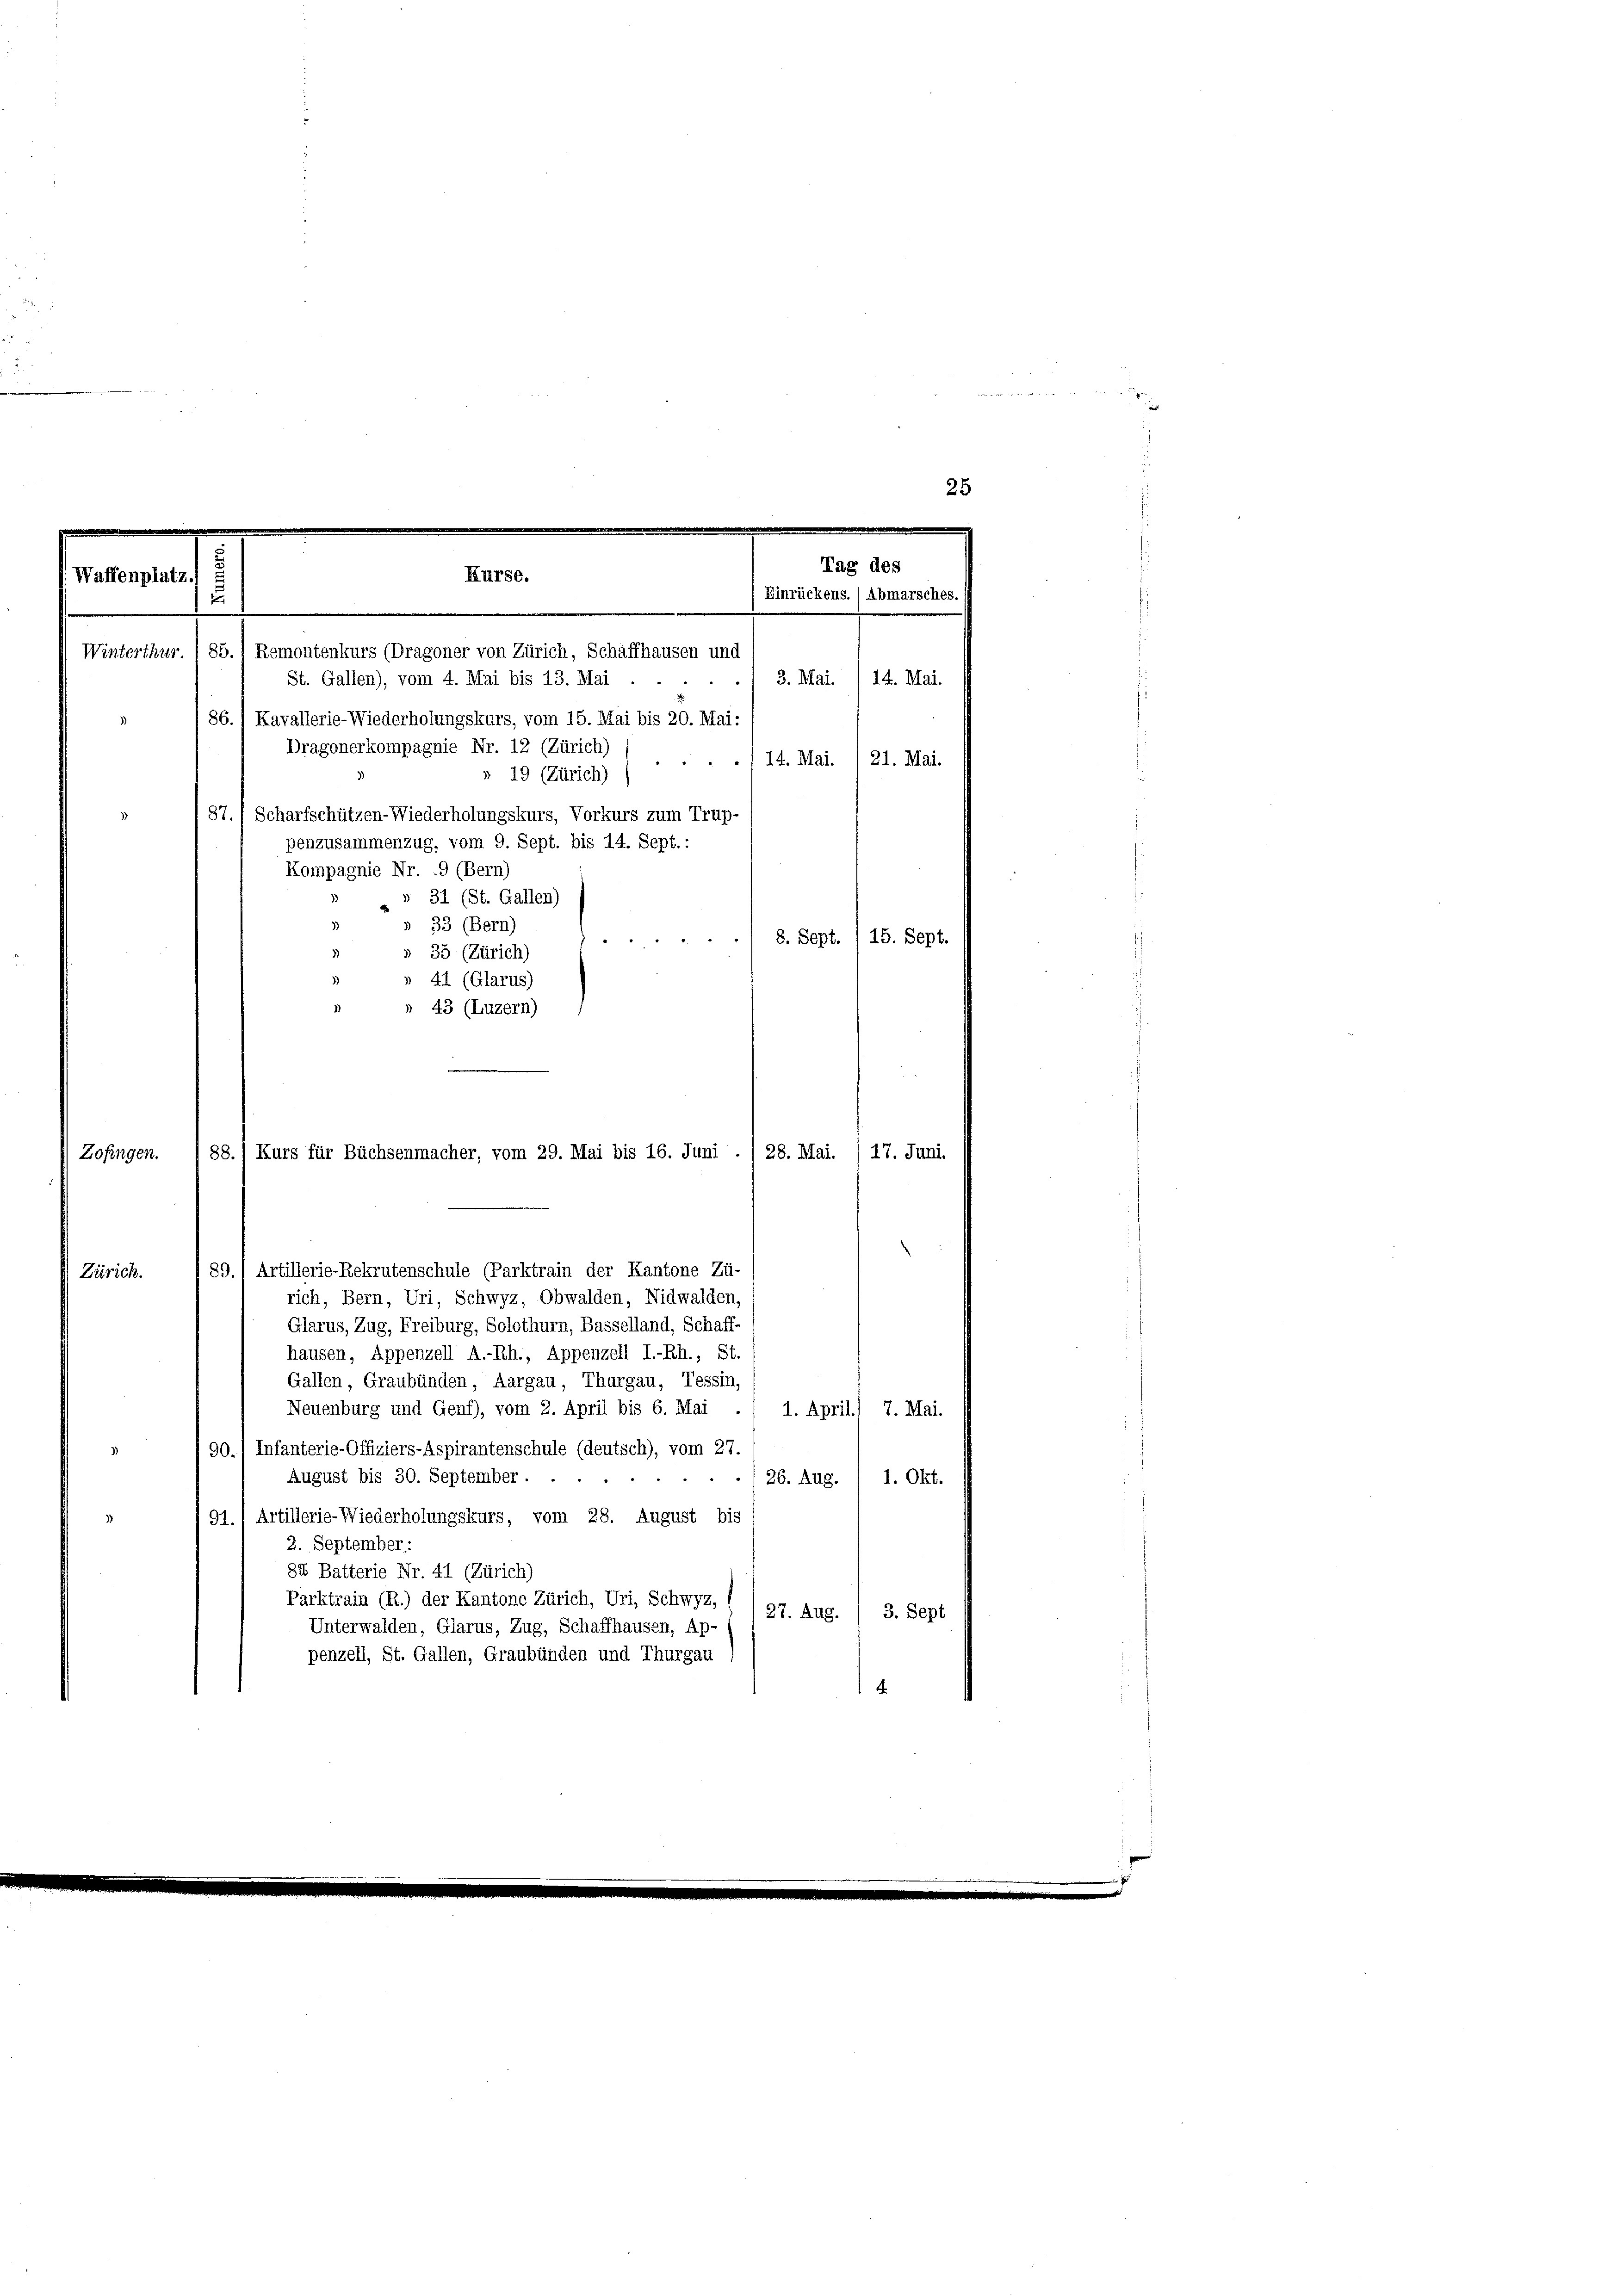
25

Tag des
Kurse.
Waffenplatz.
 Einrückens. (Abmarsches. (
u

Winterthur. I 85.) Remontenkurs (Dragoner von Zürich, Schaffhausen und
St. Gallen), vom 4. Mai bis 13. Mai
3. Mai. /14. Mai.

86. Kavallerie-Wiederholungskurs, vom 15. Mai bis 20. Mai:
Dragonerkompagnie Nr. 12 (Zürich)
14. Mai. /21. Mai.
» 19 (Zürich)
87.) Scharfschützen-Wiederholungskurs, Vorkurs zum Trup-
penzusammenzug, vom 9. Sept. bis 14. Sept.:
Kompagnie Nr. 9 (Bern)
 31 (St. Gallen)
» 33 (Bern)
8. Sept. (15. Sept.

5 § 35 (Zürich)
» 41 (Glarus)
» 43 (Luzern)
Zofingen.
Zürich.
rich, Bern, Uri, Schwyz, Obwalden, Nidwalden,
Glarus, Zug, Freiburg, Solothurn, Basselland, Schaff-
hausen, Appenzell A.-Rh., Appenzell I.-Rh., St.
Gallen, Graubünden, Aargau, Thurgau, Tessin,
Neuenburg und Genf), vom 2. April bis 6. Mai
1. April) 7. Mai.
90./ Infanterie-Offiziers-Aspirantenschule (deutsch), vom 27.
August bis 30. September.

26. Aug. 1. Okt.
91.) Artillerie-Wiederholungskurs, vom 28. August bis
2. September.
85 Batterie Nr. 41 (Zürich)
Parktrain (R.) der Kantone Zürich, Uri, Schwyz, ( / 97. Aug. / 3. Sept
Unterwalden, Glarus, Zug, Schaffhausen, Ap-
penzell, St. Gallen, Graubünden und Thurgau
.

88.) Kurs für Büchsenmacher, vom 29. Mai bis 16. Juni ./ 28. Mai. / 17. Juni.
89.) Artillerie-Rekrutenschule (Parktrain der Kantone Zü-